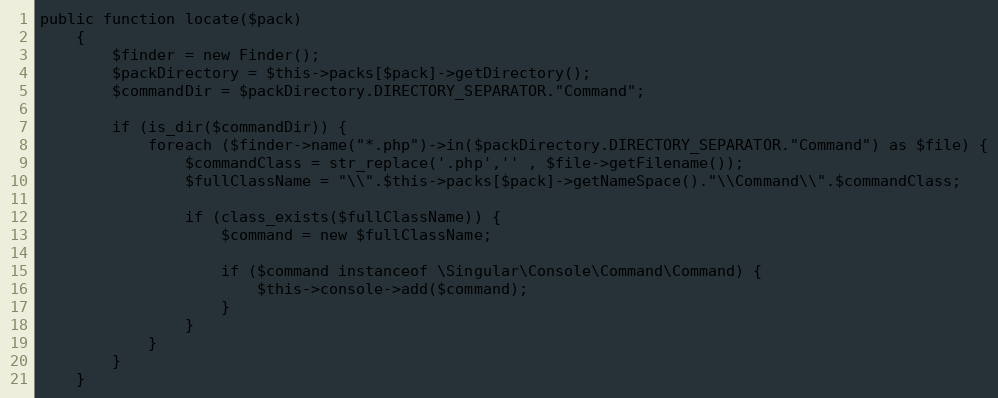
Language: PHP
public function locate($pack)
    {
        $finder = new Finder();
        $packDirectory = $this->packs[$pack]->getDirectory();
        $commandDir = $packDirectory.DIRECTORY_SEPARATOR."Command";

        if (is_dir($commandDir)) {
            foreach ($finder->name("*.php")->in($packDirectory.DIRECTORY_SEPARATOR."Command") as $file) {
                $commandClass = str_replace('.php','' , $file->getFilename());
                $fullClassName = "\\".$this->packs[$pack]->getNameSpace()."\\Command\\".$commandClass;

                if (class_exists($fullClassName)) {
                    $command = new $fullClassName;

                    if ($command instanceof \Singular\Console\Command\Command) {
                        $this->console->add($command);
                    }
                }
            }
        }
    }